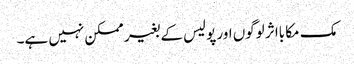
مک مکا بااثر لوگوں اور پولیس کے بغیر ممکن نہیں ہے۔